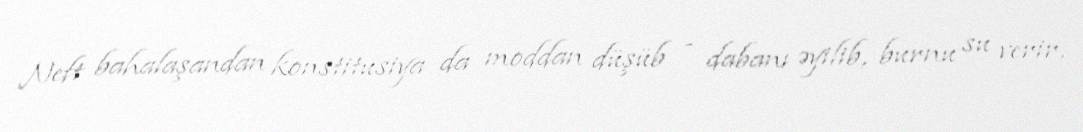
Neft bahalaşandan konstitusiya da moddan düşüb - dabanı əyilib, burnu su verir,